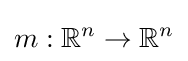
m:\mathbb {R} ^{n}\to \mathbb {R} ^{n}